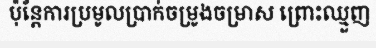
ប៉ុន្តែការប្រមូលប្រាក់ចម្រូងចម្រាស ព្រោះឈ្មួញ